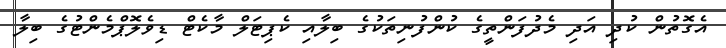
އެގޮތުން ކުދި އަދި މެދުފަންތީގެ ކުންފުނިތަކުގެ ބިލާއި ކެޕިޓަލް މާކެޓް ޑިވެލޮޕްމެންޓުގެ ބިލާ